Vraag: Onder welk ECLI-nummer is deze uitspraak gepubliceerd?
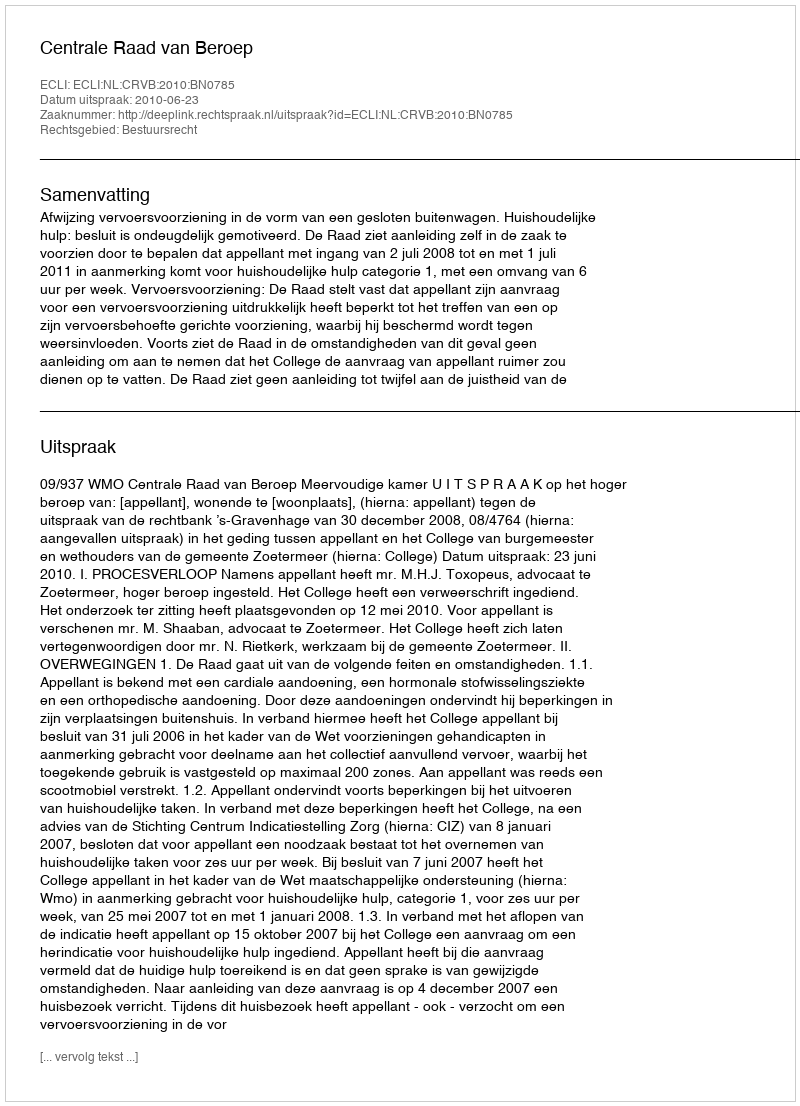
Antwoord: ECLI:NL:CRVB:2010:BN0785